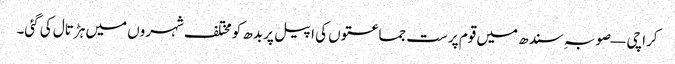
کراچی — صوبہ ِسندھ میں قوم پرست جماعتوں کی اپیل پر بدھ کو مختلف شہروں میں ہڑتال کی گئی۔